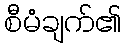
စီမံချက်၏